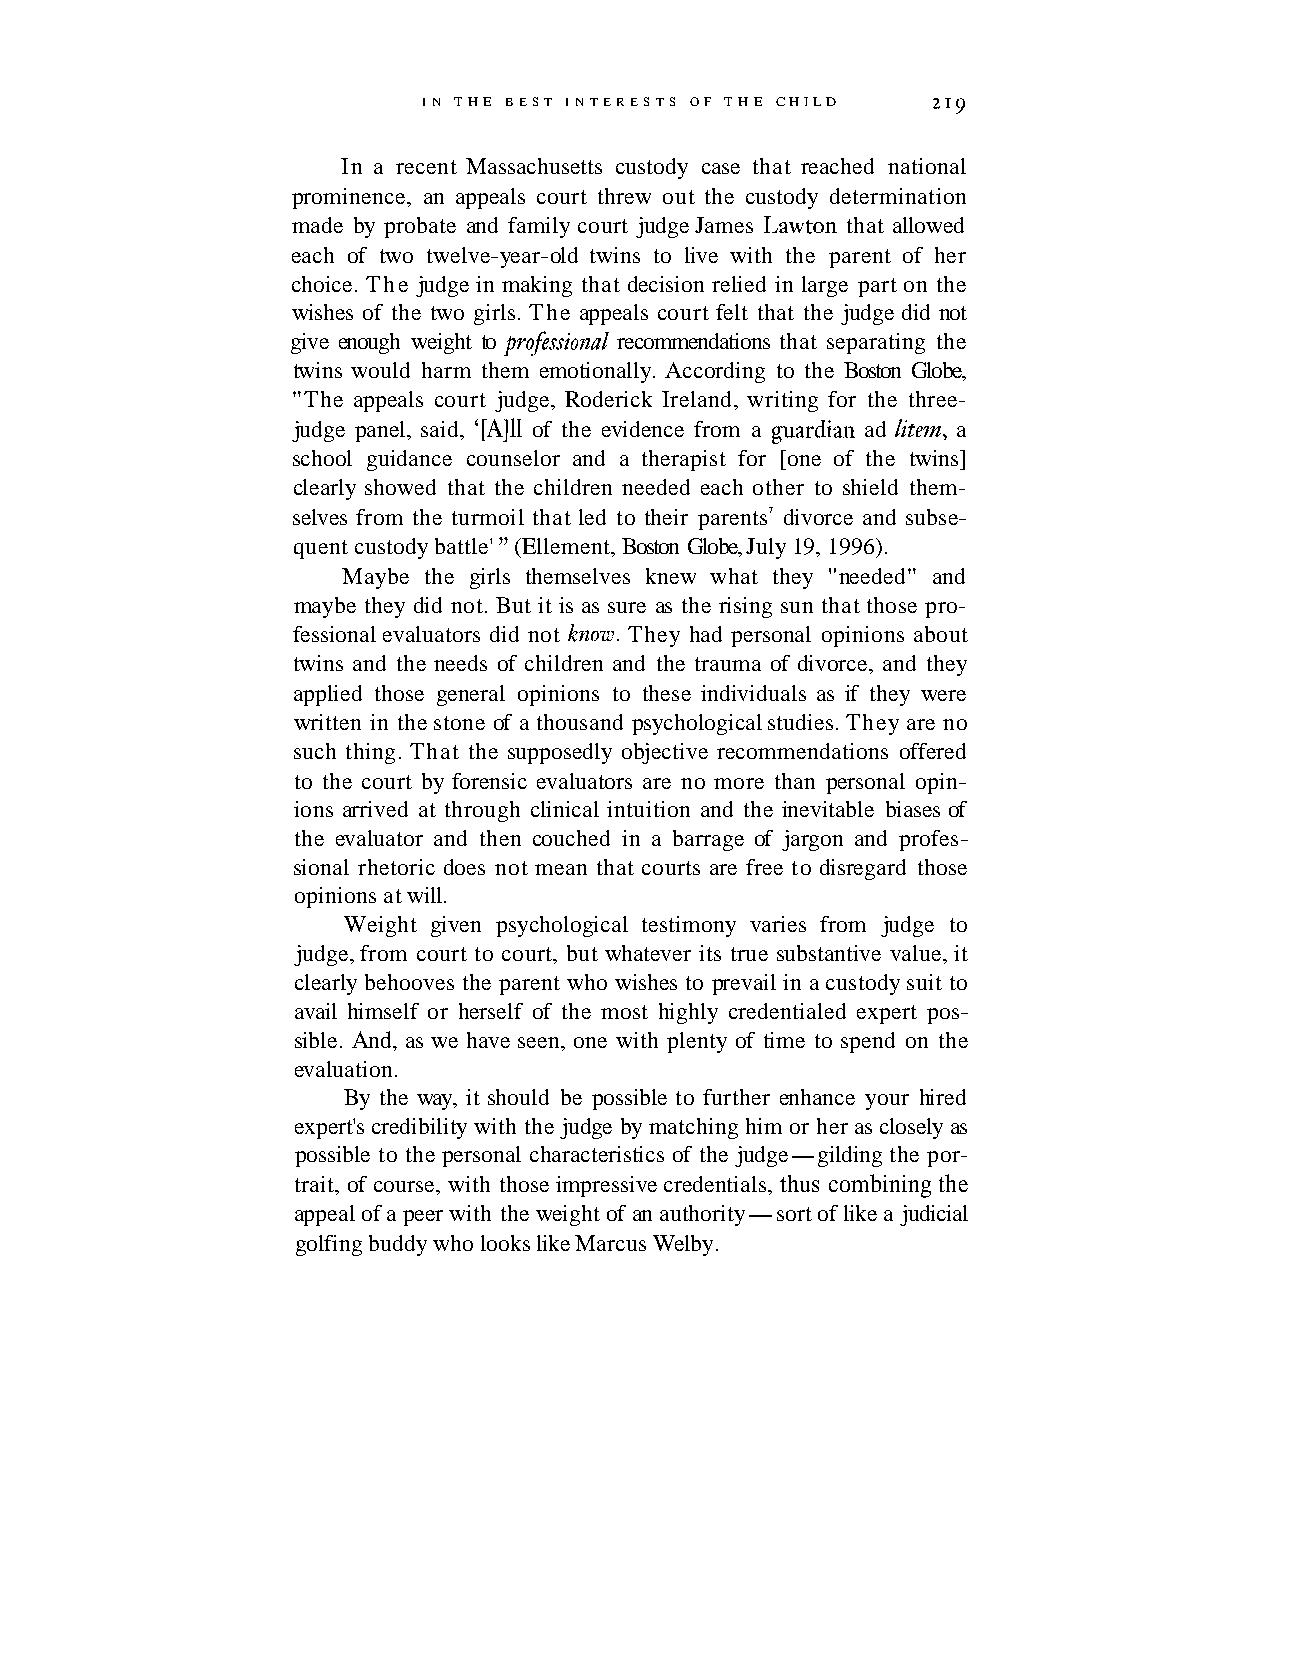
IN THE BEST INTERESTS OF THE CHILD 2 I9
 In a recent Massachusetts custody case that reached national
 prominence, an appeals court threw out the custody determination
 made by probate and family court judge James Lawton that allowed
 each of two twelve-year-old twins to live with the parent of her
 choice. The judge in making that decision relied in large part on the
 wishes of the two girls. The appeals court felt that the judge did not
 give enough weight to profissional recommendations that separating the
 twins would harm them emotionally. According to the Boston Globe,
 "The appeals court judge, Roderick Ireland, writing for the three-
 judge panel, said, '[A111 of the evidence from a guardian ad litem, a
 school guidance counselor and a therapist for [one of the twins]
 clearly showed that the children needed each other to shield them-
 selves from the turmoil that led to their parents7 divorce and subse-
 quent custody battle' " (Ellement, Boston Globe, July 19, 1996).
 Maybe the girls themselves knew what they "needed" and
 maybe they did not. But it is as sure as the rising sun that those pro-
 fessional evaluators did not know. They had personal opinions about
 twins and the needs of children and the trauma of divorce, and they
 applied those general opinions to these individuals as if they were
 written in the stone of a thousand psychological studies. They are no
 such thing. That the supposedly objective recommendations offered
 to the court by forensic evaluators are no more than personal opin-
 ions arrived at through clinical intuition and the inevitable biases of
 the evaluator and then couched in a barrage of jargon and profes-
 sional rhetoric does not mean that courts are free to disregard those
 opinions at will.
 Weight given psychological testimony varies from judge to
 judge, from court to court, but whatever its true substantive value, it
 clearly behooves the parent who wishes to prevail in a custody suit to
 avail himself or herself of the most highly credentialed expert pos-
 sible. And, as we have seen, one with plenty of time to spend on the
 evaluation.
 By the way, it should be possible to further enhance your hired
 expert's credibility with the judge by matching him or her as closely as
 possible to the personal characteristics of the judge-gilding the por-
 trait, of course, with those impressive credentials, thus combining the
 appeal of a peer with the weight of an authority-sort of like a judicial
 golfing buddy who looks like Marcus Welby.